Civil Veterinary Department. Central Provinces & Berar 1925-31 - 1925-1931
Year: 1925
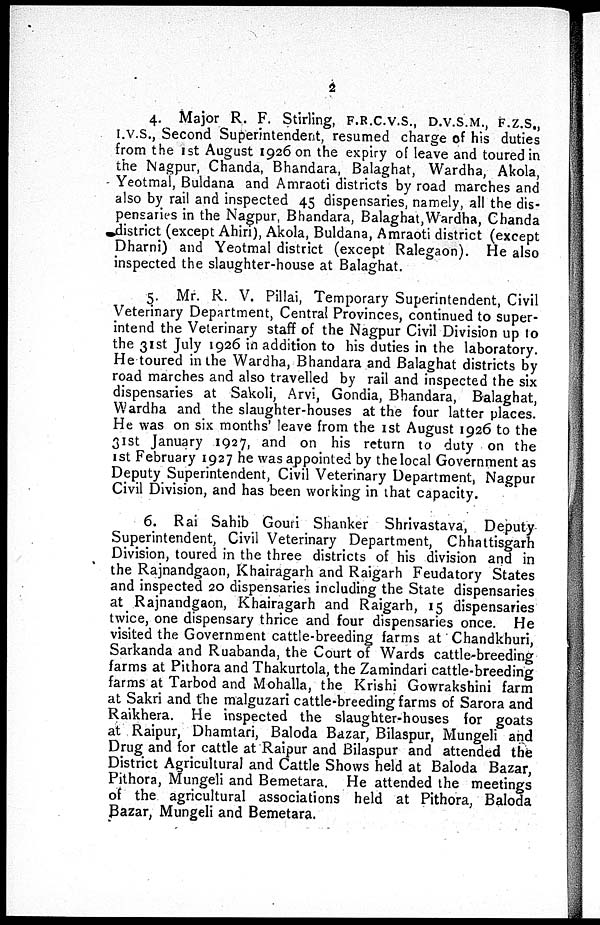
2
4. Major R. F. Stirling, F.R.C.V.S., D.V.S.M., F.Z.S.,
I.V.S., Second Superintendent, resumed charge of his duties
from the 1st August 1926 on the expiry of leave and toured in
the Nagpur, Chanda, Bhandara, Balaghat, Wardha, Akola,
Yeotmal, Buldana and Amraoti districts by road marches and
also by rail and inspected 45 dispensaries, namely, all the dis-
pensaries in the Nagpur, Bhandara, Balaghat,Wardha, Chanda
district (except Ahiri), Akola, Buldana, Amraoti district (except
Dharni) and Yeotmal district (except Ralegaon). He also
inspected the slaughter-house at Balaghat.
5. Mr. R. V. Pillai, Temporary Superintendent, Civil
Veterinary Department, Central Provinces, continued to super-
intend the Veterinary staff of the Nagpur Civil Division up to
the 31st July 1926 in addition to his duties in the laboratory.
He toured in the Wardha, Bhandara and Balaghat districts by
road marches and also travelled by rail and inspected the six
dispensaries at Sakoli, Arvi, Gondia, Bhandara, Balaghat,
Wardha and the slaughter-houses at the four latter places.
He was on six months' leave from the 1st August 1926 to the
31st January 1927, and on his return to duty on the
1st February 1927 he was appointed by the local Government as
Deputy Superintendent, Civil Veterinary Department, Nagpur
Civil Division, and has been working in that capacity.
6. Rai Sahib Gouri Shanker Shrivastava, Deputy
Superintendent, Civil Veterinary Department, Chhattisgarh
Division, toured in the three districts of his division and in
the Rajnandgaon, Khairagarh and Raigarh Feudatory States
and inspected 20 dispensaries including the State dispensaries
at Rajnandgaon, Khairagarh and Raigarh, 15 dispensaries
twice, one dispensary thrice and four dispensaries once. He
visited the Government cattle-breeding farms at Chandkhuri,
Sarkanda and Ruabanda, the Court of Wards cattle-breeding
farms at Pithora and Thakurtola, the Zamindari cattle-breeding
farms at Tarbod and Mohalla, the Krishi Gowrakshini farm
at Sakri and the malguzari cattle-breeding farms of Sarora and
Raikhera. He inspected the slaughter-houses for goats
at Raipur, Dhamtari, Baloda Bazar, Bilaspur, Mungeli and
Drug and for cattle at Raipur and Bilaspur and attended the
District Agricultural and Cattle Shows held at Baloda Bazar,
Pithora, Mungeli and Bemetara. He attended the meetings
of the agricultural associations held at Pithora, Baloda
Bazar, Mungeli and Bemetara.